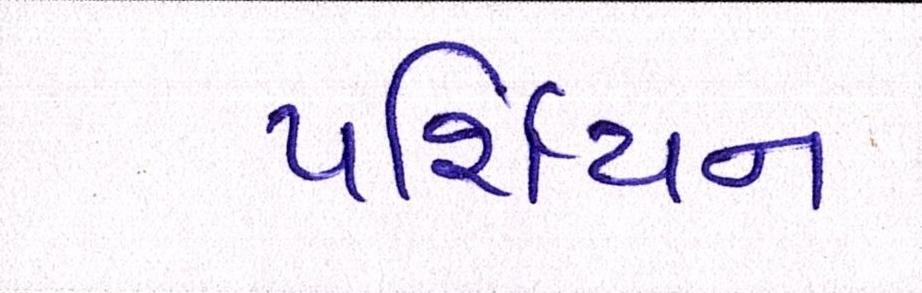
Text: પર્શિયન